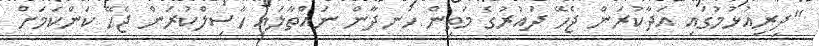
"ދިރިއުޅުމުގައި އަދާކުރަން ޖެހޭ ދައުރުގެ މަތިން ހަނދާން ނައްތާލައި ހާސިލްކުރަން ޖެހޭ ކަންކަމަށް